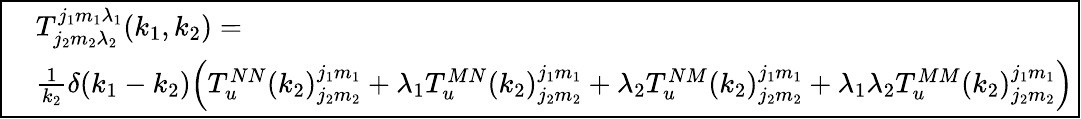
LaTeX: \boxed{\begin{array}{rl}&{T_{j_{2}m_{2}\lambda_{2}}^{j_{1}m_{1}\lambda_{1}}(k_{1},k_{2})=}\\ &{\frac{1}{k_{2}}\delta(k_{1}-k_{2})\Big(T_{u}^{NN}(k_{2})_{j_{2}m_{2}}^{j_{1}m_{1}}+\lambda_{1}T_{u}^{MN}(k_{2})_{j_{2}m_{2}}^{j_{1}m_{1}}+\lambda_{2}T_{u}^{NM}(k_{2})_{j_{2}m_{2}}^{j_{1}m_{1}}+\lambda_{1}\lambda_{2}T_{u}^{MM}(k_{2})_{j_{2}m_{2}}^{j_{1}m_{1}}\Big)}\end{array}}